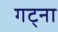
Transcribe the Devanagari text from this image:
गट्ना